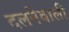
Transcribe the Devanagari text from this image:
दलनेवाली